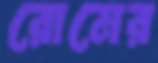
রোমের